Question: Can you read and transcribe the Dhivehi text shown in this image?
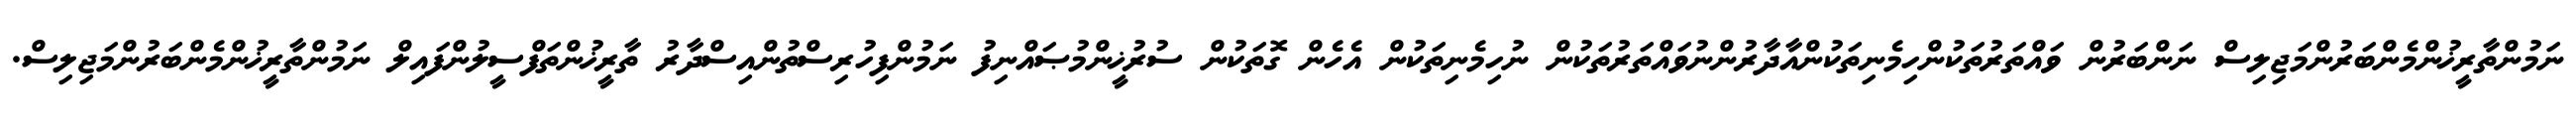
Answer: ނަމުންތާރީޚުންމެންބަރުންމަޖިލިސް ނަންބަރުން ވައްތަރުތަކުންހިމެނިތަކުންއާދާރުންނުވައްތަރުތަކުން ނުހިމެނިތަކުން އެހެން ގޮތަކުން ސުރުޚީންމުޞައްނިފު ނަމުންފިހުރިސްތުންއިސްދާރު ތާރީޚުންތަފްސީލުންފައިލް ނަމުންތާރީޚުންމެންބަރުންމަޖިލިސް.